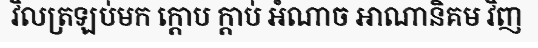
វិលត្រឡប់មក ក្តោប ក្តាប់ អំណាច អាណានិគម វិញ